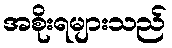
အစိုးရများသည်